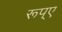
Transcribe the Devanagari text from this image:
रूप्ए